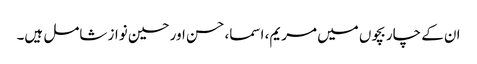
ان کے چار بچوں میں مریم، اسما، حسن اور حسین نواز شامل ہیں۔